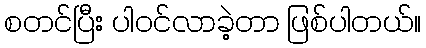
စတင်ပြီး ပါဝင်လာခဲ့တာ ဖြစ်ပါတယ်။